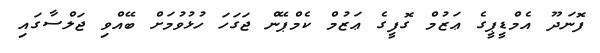
ފޮނަދޫ އެމްޑީޕީގެ ޢަޒުމް ގޮފީގެ ޢަޒުމް ކެމްޕޭން ޖަގަހަ ހުޅުވުމަށް ބޭއްވި ޖަލްސާގައި